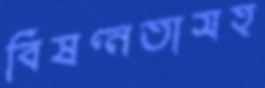
বিষণ্নতাসহ